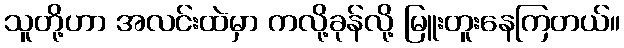
သူတို့ဟာ အလင်းထဲမှာ ကလို့ခုန်လို့ မြူးတူးနေကြတယ်။